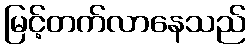
မြင့်တက်လာနေသည်